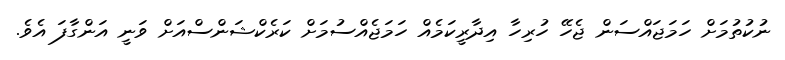
ނުކުތުމަށް ހަމަޖައްސަން ޖެހޭ ހުރިހާ އިދާރީކަމެއް ހަމަޖެއްސުމަށް ކަރެކްޝަންސްއަށް ވަނީ އަންގާފަ އެވެ.